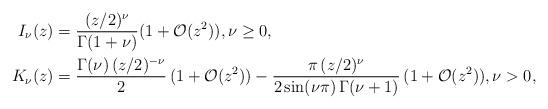
LaTeX: \begin{align*}\begin{aligned} I_\nu(z) & = \frac{(z/2)^{\nu}}{\Gamma(1+\nu)}(1+\mathcal{O}(z^2)), \nu \geq 0,\\ K_\nu(z) & = \frac{\Gamma(\nu)\,(z/2)^{-\nu}}{2}\, (1+\mathcal{O}(z^2)) - \frac{\pi\, (z/2)^{\nu}}{2\sin(\nu\pi)\, \Gamma(\nu+1)}\, (1+\mathcal{O}(z^2)), \nu>0, \end{aligned} \end{align*}